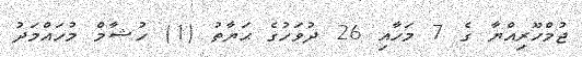
ޖުމްހޫރިއްޔާ ގެ 7 މަހާއި 26 ދުވަހުގެ ޙަޔާތު (1) ހުޝާމް މުހައްމަދު